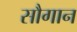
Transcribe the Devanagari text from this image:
सौगान